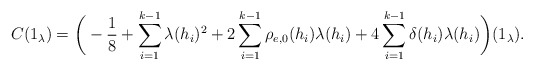
\begin{align*}C(1_{\lambda})=\bigg(-\frac{1}{8}+\sum_{i=1}^{k-1}\lambda(h_i)^2+2\sum_{i=1}^{k-1}\rho_{e,0}(h_i)\lambda(h_i)+4\sum\limits_{i=1}^{k-1}\delta(h_i)\lambda(h_i)\bigg)(1_{\lambda}).\end{align*}